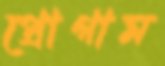
প্রোগাম